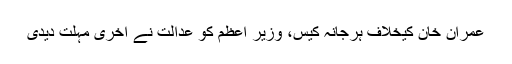
عمران خان کیخلاف ہرجانہ کیس، وزیر اعظم کو عدالت نے اخری مہلت دیدی